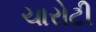
ચારોટી